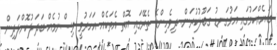
ބަޔެއްކަމުގައި އަޅުގަނޑު ގަބޫލުކުރަން. ދިވެހިންގެ ތެރޭގައި އޮތް އެތަކެއް އަހަރުވީ ވިސްނުމެއް ބަދަލުކޮށްލަދިން